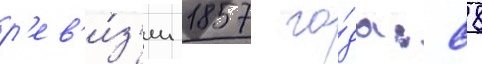
р'ев'и́з'ии 1857 го́да: 88